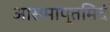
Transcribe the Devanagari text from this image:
आसमाप्तमिदं